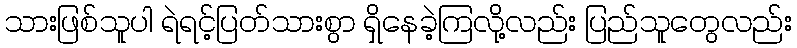
သားဖြစ်သူပါ ရဲရင့်ပြတ်သားစွာ ရှိနေခဲ့ကြလို့လည်း ပြည်သူတွေလည်း